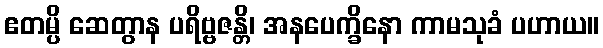
ဧတမ္ပိ ဆေတွာန ပရိဗ္ဗဇန္တိ၊ အနပေက္ခိနော ကာမသုခံ ပဟာယ။